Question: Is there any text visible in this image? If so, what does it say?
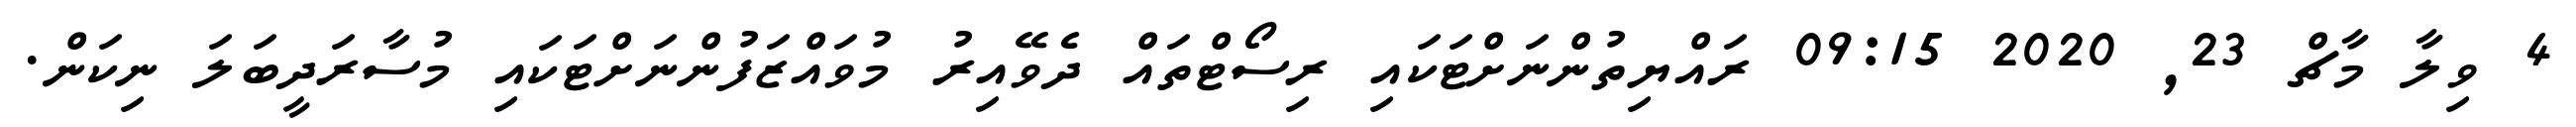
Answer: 4 ވިލާ މާޗް 23, 2020 09:15 ރައްޔިތުންނަށްޓަކައި ރިސޯޓްތައް ދެވޭއިރު މުވައްޒަފުންނަށްޓަކައި މުސާރަދީބަލަ ނިކަން.